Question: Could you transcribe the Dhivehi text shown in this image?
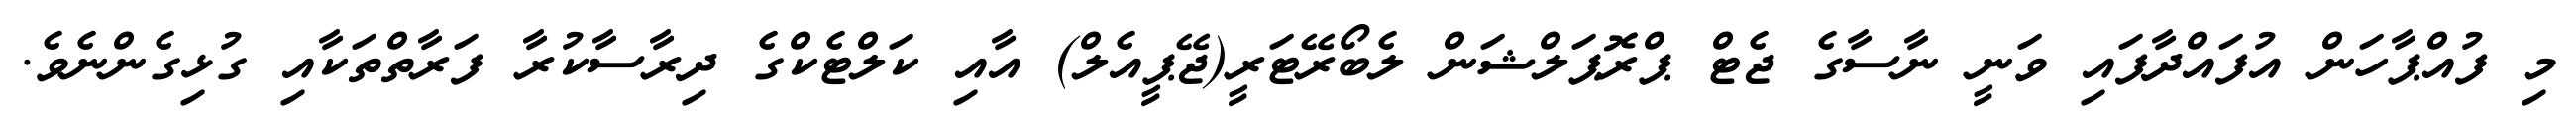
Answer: މި ފުއްޕާހަން އުފައްދާފައި ވަނީ ނާސާގެ ޖެޓް ޕްރޮޕަލްޝަން ލެބޯރޭޓަރީ(ޖޭޕީއެލް) އާއި ކަލްޓެކްގެ ދިރާސާކުރާ ފަރާތްތަކާއި ގުޅިގެންނެވެ.